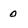
Character: 0